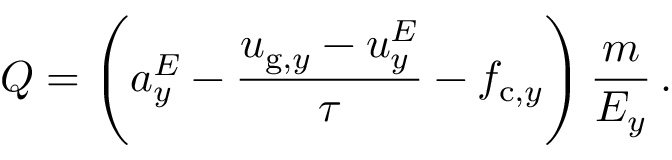
Q = \left( a _ { y } ^ { E } - \frac { u _ { \mathrm { g } , y } - u _ { y } ^ { E } } { \tau } - f _ { \mathrm { c } , y } \right) \frac { m } { E _ { y } } \, .